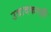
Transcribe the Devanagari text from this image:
उत्रादकरही